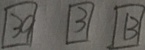
\boxed { 3 9 } \boxed { 3 } \boxed { 1 3 }